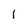
Character: l